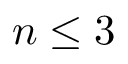
n \le 3